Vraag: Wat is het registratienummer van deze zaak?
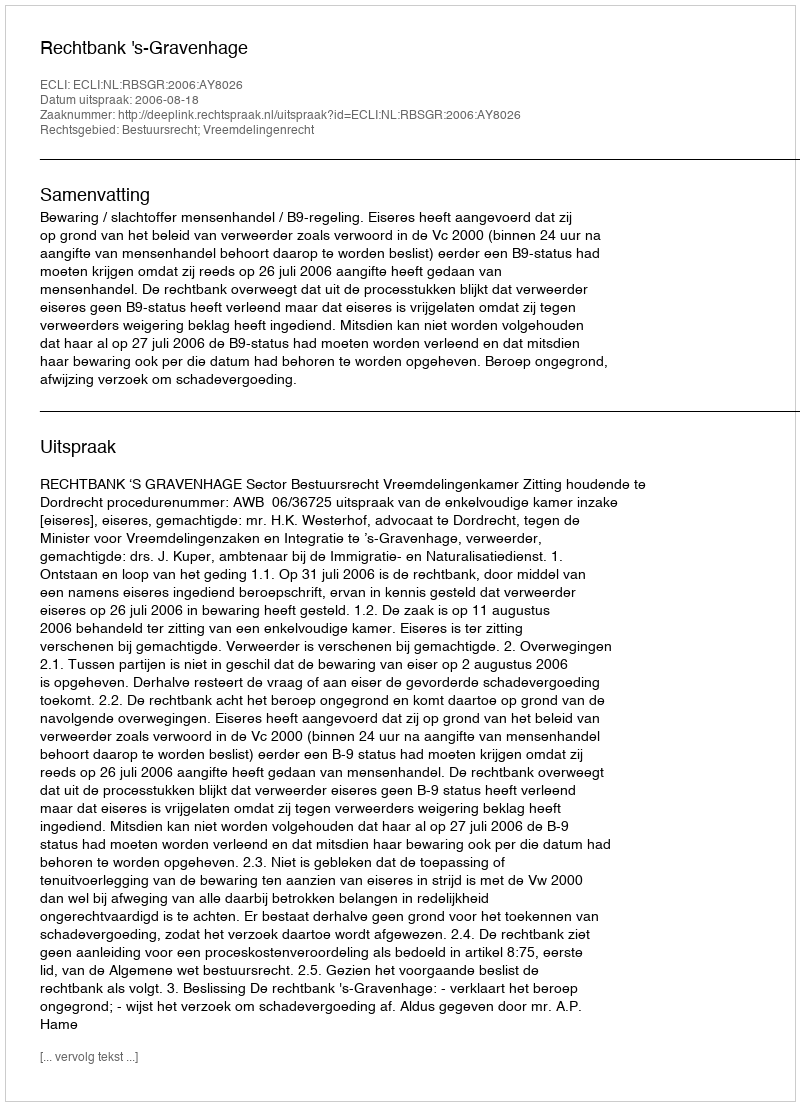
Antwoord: http://deeplink.rechtspraak.nl/uitspraak?id=ECLI:NL:RBSGR:2006:AY8026